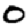
Digit: 0